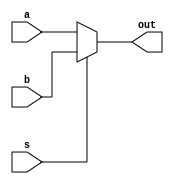
module Mux_16bit_2to1(a, b, s, out);
	input [15:0]a, b;
	input s;
	output [15:0]out;


  assign out[15:0] = s ? b[15:0] : a[15:0];
	
 
endmodule